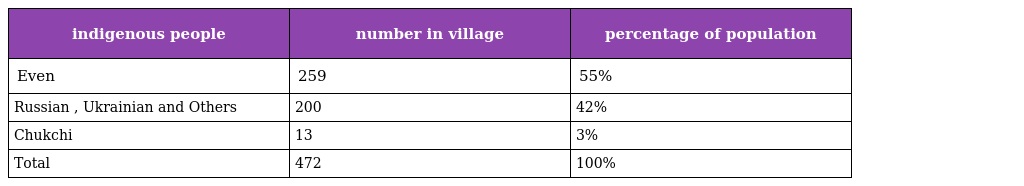
| indigenous people | number in village | percentage of population |
 | --- | --- | --- |
 | Even | 259 | 55% |
 | Russian , Ukrainian and Others | 200 | 42% |
 | Chukchi | 13 | 3% |
 | Total | 472 | 100% |